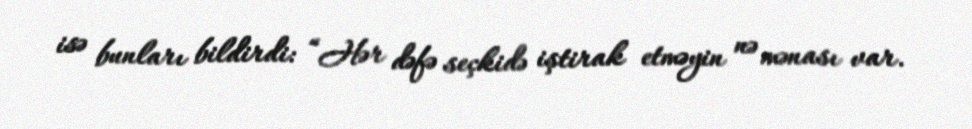
isə bunları bildirdi: “Hər dəfə seçkidə iştirak etməyin nə mənası var.